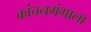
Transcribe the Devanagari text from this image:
कांचनगंगाला